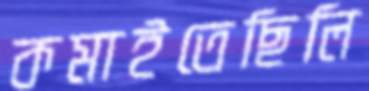
কমাইতেছিলি